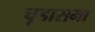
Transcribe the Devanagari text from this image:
चूडासमा